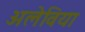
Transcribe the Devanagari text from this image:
अलेविया